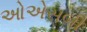
ઓએસબી